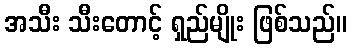
အသီး သီးတောင့် ရှည်မျိုး ဖြစ်သည်။